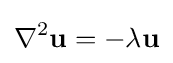
\nabla ^{2}\mathbf {u} =-\lambda \mathbf {u}